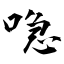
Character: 喼